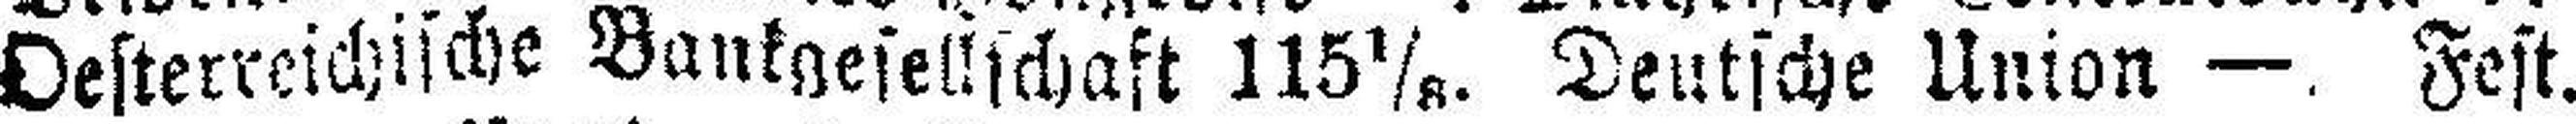
Oesterreichische Bankgesellschaft 115 1/8. Deutsche Union —. Fest.